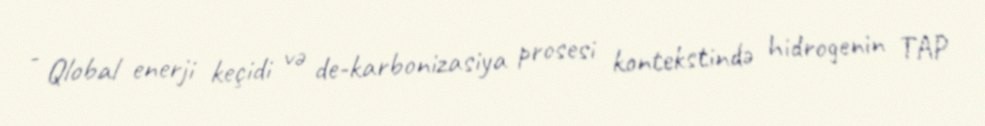
- Qlobal enerji keçidi və de-karbonizasiya prosesi kontekstində hidrogenin TAP